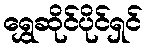
ရွှေဆိုင်ပိုင်ရှင်